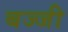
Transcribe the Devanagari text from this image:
बज्जी